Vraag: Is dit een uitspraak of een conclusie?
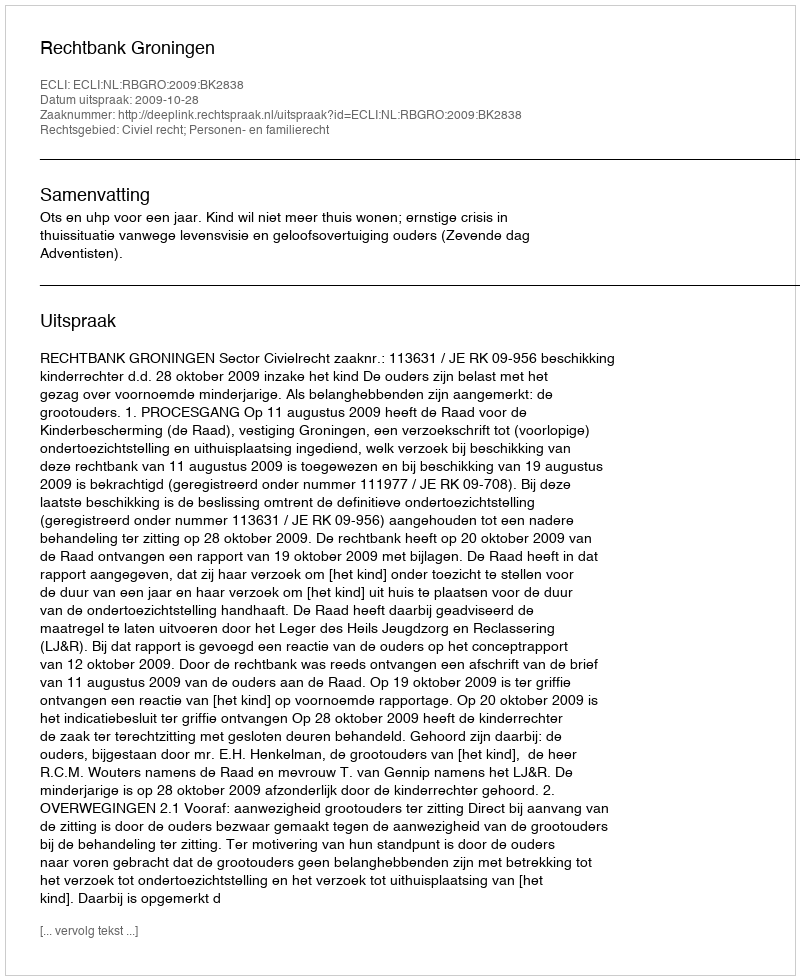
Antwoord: Uitspraak